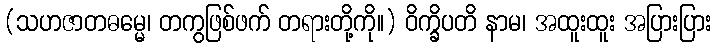
(သဟဇာတဓမ္မေ၊ တကွဖြစ်ဖက် တရားတို့ကို။) ဝိက္ခိပတိ နာမ၊ အထူးထူး အပြားပြား